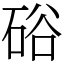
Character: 硲